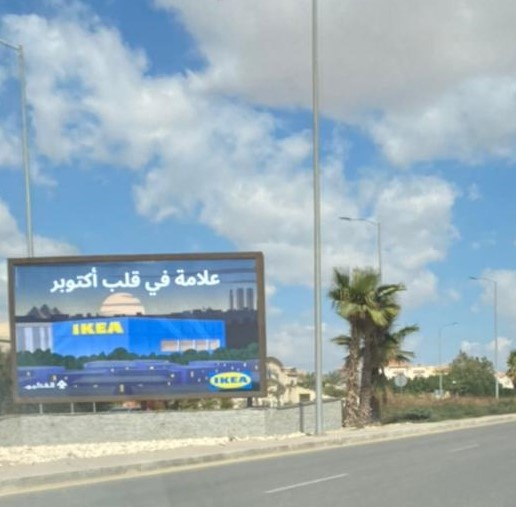
Text in image: علامة قلب أكتوبر في IKEA